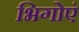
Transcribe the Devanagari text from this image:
भिगोएं